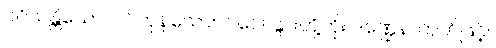
ပဝိသန္တိယော၊ ဝင်ကုန်သော။ ဂါဝေါ၊ နွားတို့ကို။ ဒဏ္ဍေန၊ တုတ်ဖြင့်။